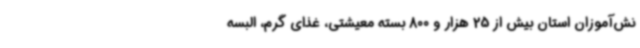
نش‌آموزان استان بیش از 25 هزار و 800 بسته معیشتی، غذای گرم، البسه